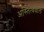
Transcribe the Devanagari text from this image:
अस्तित्ववाले